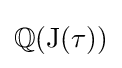
\mathbb {Q} (\mathrm {J} (\tau ))